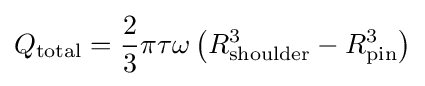
Q_{\text{total}}={\frac {2}{3}}\pi \tau \omega \left(R_{\text{shoulder}}^{3}-R_{\text{pin}}^{3}\right)